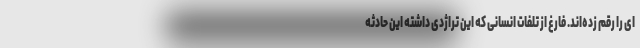
ای را رقم زده‌اند. فارغ از تلفات انسانی که این تراژدی داشته این حادثه